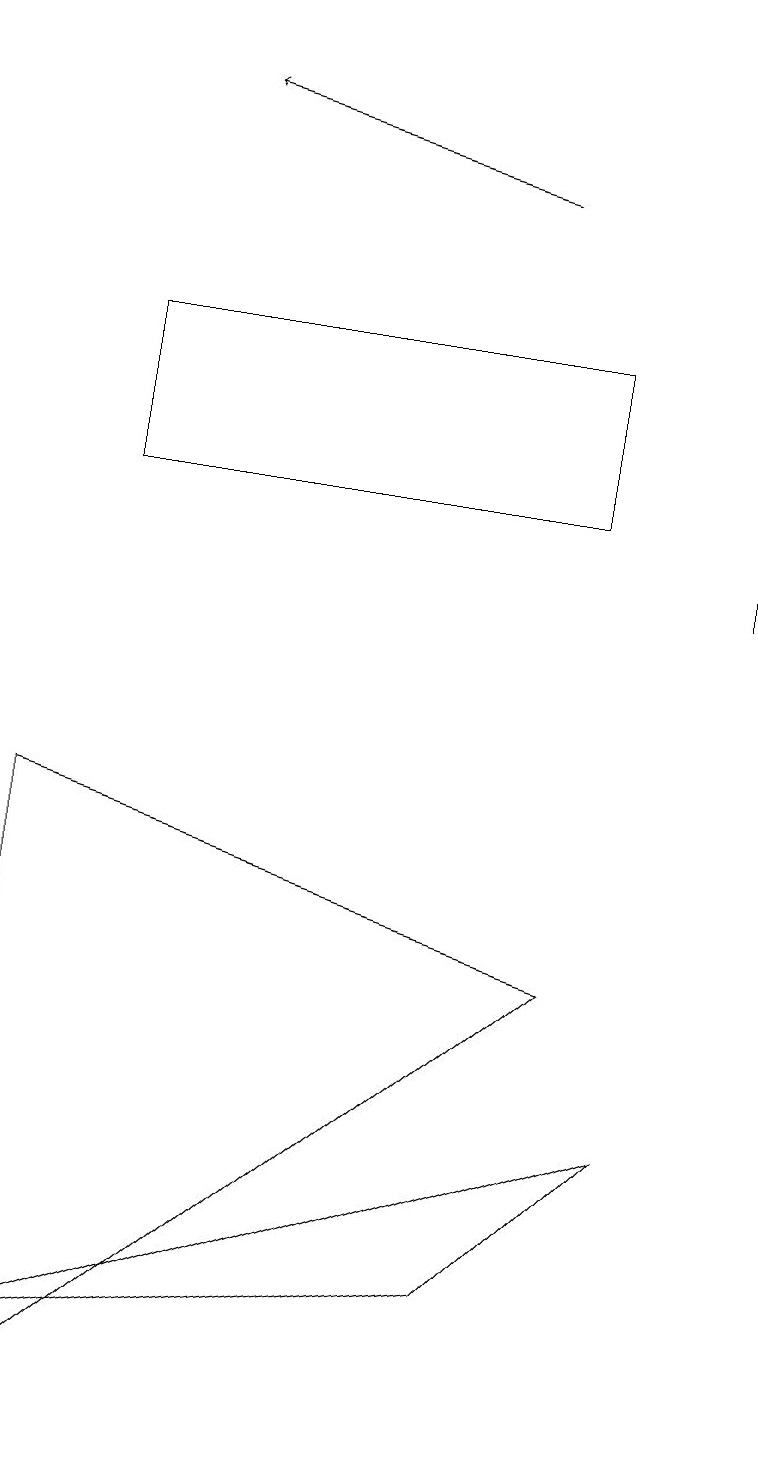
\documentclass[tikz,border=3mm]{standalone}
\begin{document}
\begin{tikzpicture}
\draw[->] (9,12) -- (9,19);
\draw (8,5) -- (0,2) -- (6,3) -- cycle;
\draw (7,15) rectangle (1,13);
\draw[->] (6,17) -- (2,18);
\draw (0,9) -- (7,7) -- (0,1) -- cycle;
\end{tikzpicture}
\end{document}